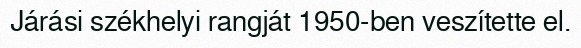
Járási székhelyi rangját 1950-ben veszítette el.